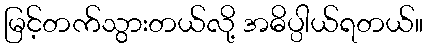
မြင့်တက်သွားတယ်လို့ အဓိပ္ပါယ်ရတယ်။